Vaccination United Provinces of Agra and Oudh 1914-1922 - 1914-1922
Year: 1914
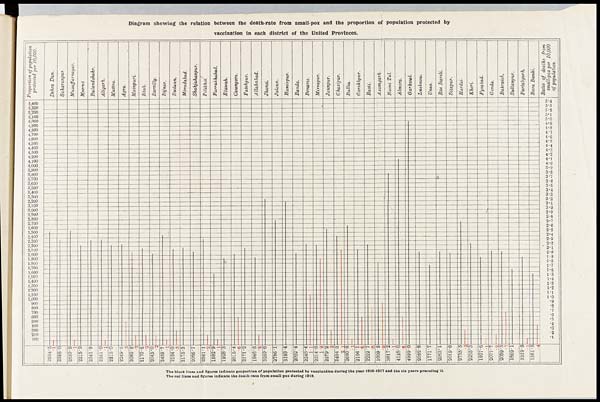
Diagram showing the relation between the death-rate from small-pox and the proportion of population protected by
vaccination in each district of the United Provinces.
The black lines and figures indicate proportion of population protected by vaccination during the year 1916-1917 and the six years preceding it.
The red lines and figures indicate the death-rate from small-pox during 1916.